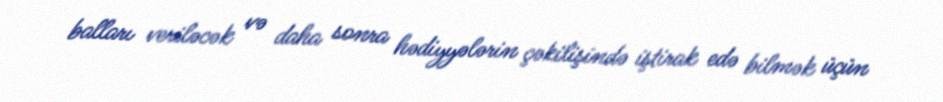
balları veriləcək və daha sonra hədiyyələrin çəkilişində iştirak edə bilmək üçün